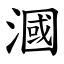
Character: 漍